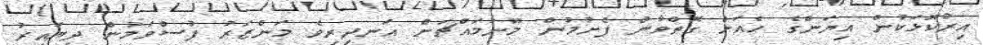
އިރުކޮޅަކުން އިޔަންގެ ހެއަށް ގޮތްވާން ފެށުމުން މޫނުމައްޗަށް އަނދިރިވެ މަންޒަރު ފުސްވަމުން ދިޔައިރު